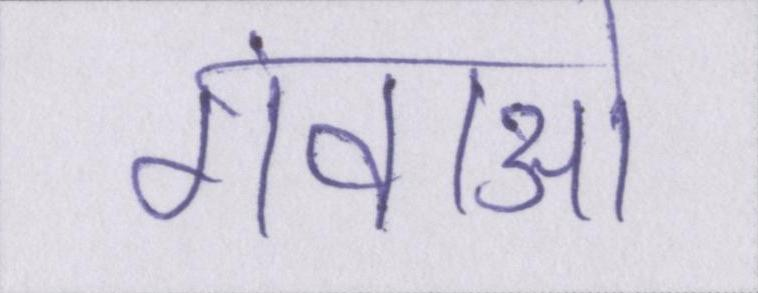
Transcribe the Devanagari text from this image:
गंवाओ